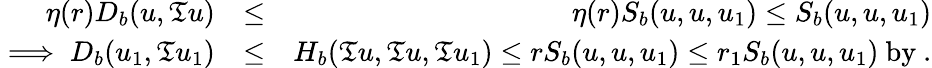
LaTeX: \begin{array}{rlr}{\eta(r)D_{b}(u,\mathfrak{T}u)}&{\leq}&{\eta(r)S_{b}(u,u,u_{1})\leq S_{b}(u,u,u_{1})}\\ {\implies D_{b}(u_{1},\mathfrak{T}u_{1})}&{\leq}&{H_{b}(\mathfrak{T}u,\mathfrak{T}u,\mathfrak{T}u_{1})\leq rS_{b}(u,u,u_{1})\leq r_{1}S_{b}(u,u,u_{1})~\mathrm{by~}.}\end{array}